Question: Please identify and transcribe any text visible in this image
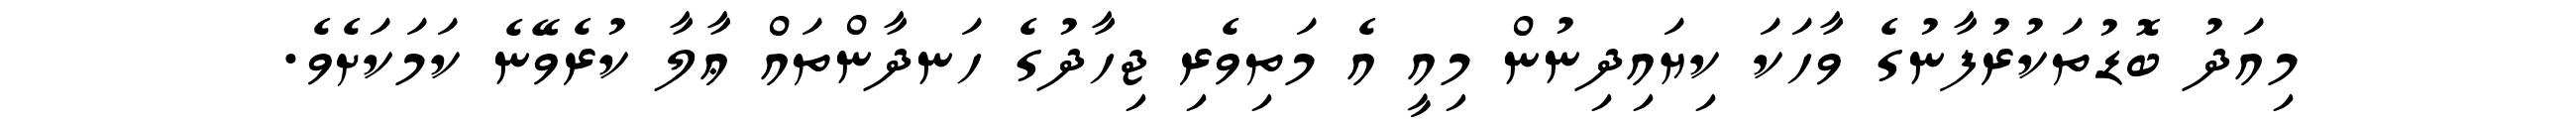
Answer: މިއަދު ބޮޑުތަކުރުފާނުގެ ވާހަކަ ކިޔައިދިނުން މިއީ އެ މަތިވެރި ޖިހާދުގެ ހަނދާންތައް ޢާލާ ކުރެވޭނެ ކަމަކަށެވެ.